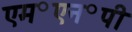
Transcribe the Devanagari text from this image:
एम॰एन॰पी